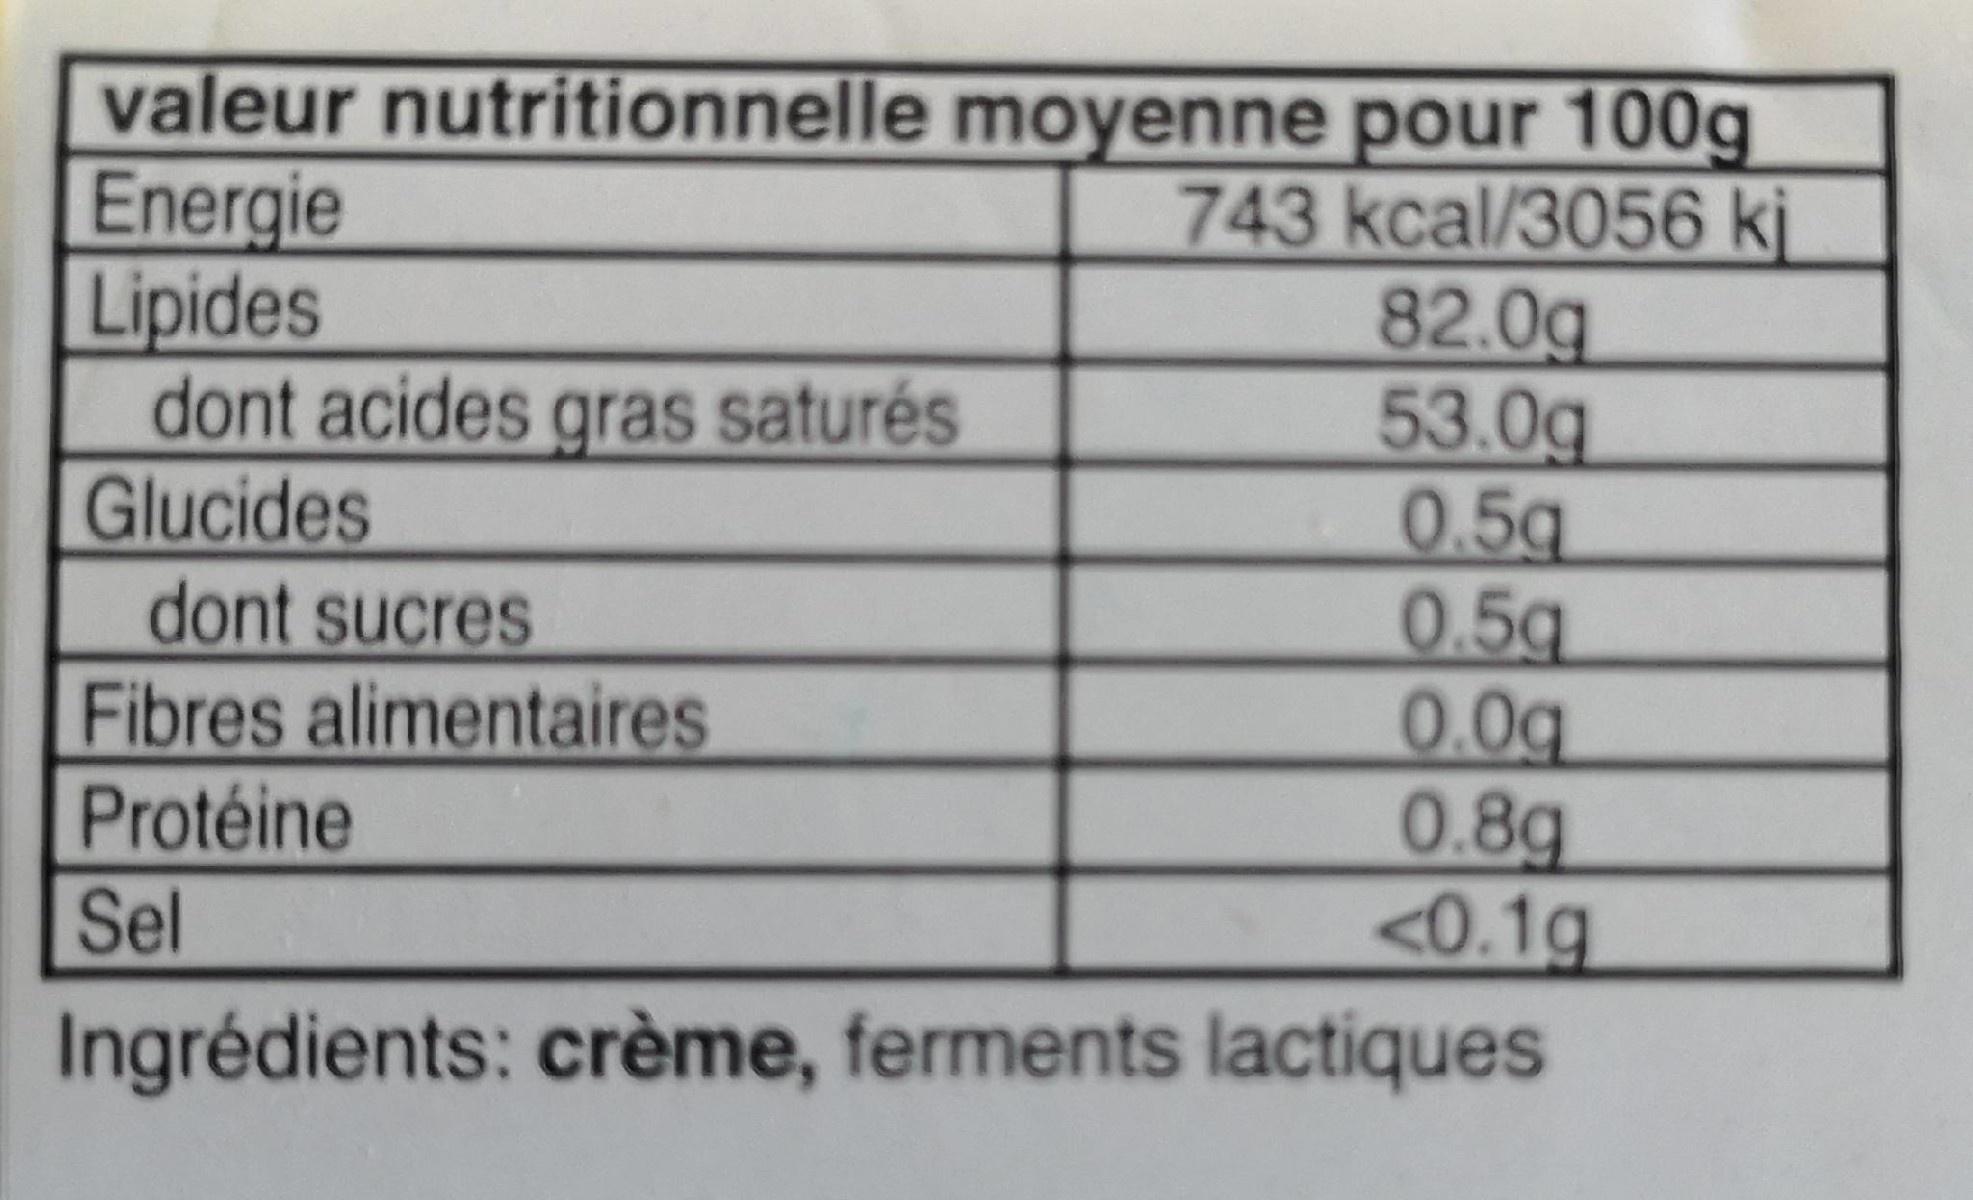
Energie Lipides dont acides gras saturés Glucides dont sucres Fibres alimentaires
valeur nutritionnelle moyenne pour 100g 743 kcal/3056 kj 82.0g 53.0g 0.5g 0.5g 0.0g 0.8g <0.1g
Protéine
Sel
Ingrédients: crème, ferments lactiques